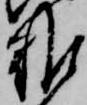
難